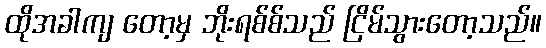
ထိုအခါကျ တော့မှ ဘိုးရစ်စ်သည် ငြိမ်သွားတော့သည်။